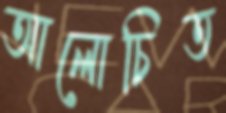
আলোচিত